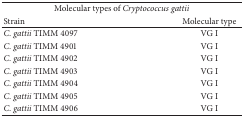
<table><thead><tr><td colspan="2"><b>Molecular types of <i>Cryptococcus gattii </i></b></td></tr><tr><td><b>Strain</b></td><td><b>Molecular type</b></td></tr></thead><tbody><tr><td><i>C. gattii </i>TIMM 4097</td><td>VG I</td></tr><tr><td><i>C. gattii </i>TIMM 4901</td><td>VG I</td></tr><tr><td><i>C. gattii </i>TIMM 4902</td><td>VG I</td></tr><tr><td><i>C. gattii </i>TIMM 4903</td><td>VG I</td></tr><tr><td><i>C. gattii </i>TIMM 4904</td><td>VG I</td></tr><tr><td><i>C. gattii </i>TIMM 4905</td><td>VG I</td></tr><tr><td><i>C. gattii </i>TIMM 4906</td><td>VG I</td></tr></tbody></table>